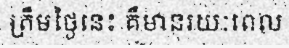
ត្រឹមថ្ងៃនេះ គឺមានរយៈពេល